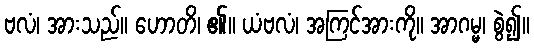
ဗလံ၊ အားသည်။ ဟောတိ၊ ၏။ ယံဗလံ၊ အကြင်အားကို။ အာဂမ္မ၊ စွဲ၍။